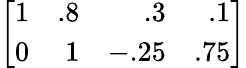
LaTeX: \left[{\begin{array}{rrrr}{1}&{.8}&{.3}&{.1}\\ {0}&{1}&{-.25}&{.75}\end{array}}\right]